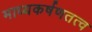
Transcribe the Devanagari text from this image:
माध्यकर्षणतत्व